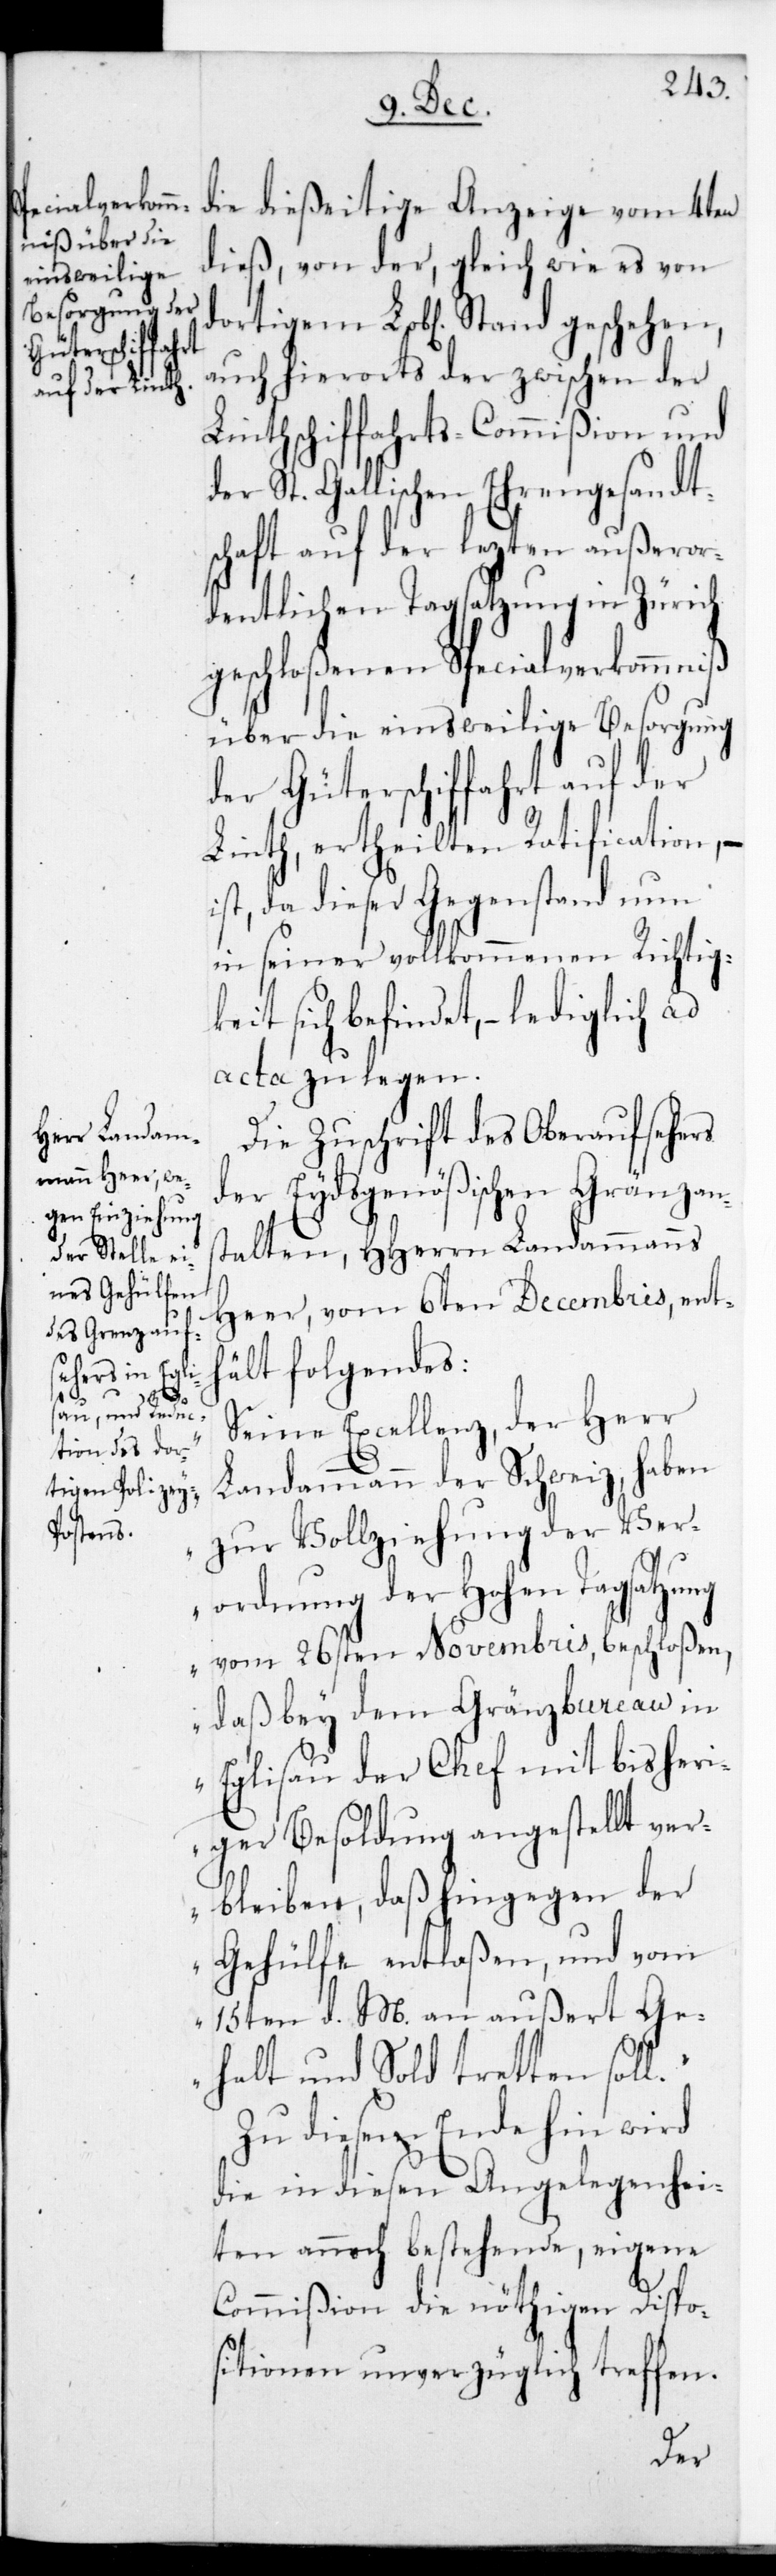
die dießeitige Anzeige vom 4ten
dieß, von der, gleich wie es von
dortigem L. Stand geschehen,
hierorts der
Linthschifffahrts-Commißion und
der St. Gallischen Ehrengesandts¬
chaft auf der lezten außeror¬
dentlichen Tagsatzung in Zürich
geschloßenen Specialverkommniß
über die einstweilige Besorgung
der Güterschiffahrt auf der
Linth, ertheilten Ratification,
st, da dieser Gegenstand nun
in seiner vollkommenen Richtig¬
keit sich befindet, – lediglich ad
acta zu legen.
Die Zuschrift des Oberaufsehers
der Eydsgenößischen Gränzans¬
talten, HHerrn Landammanns
Heer, vom 6ten Decembris, enth¬
ält folgendes:
l“.
„Seine Excellenz, der Herr
Landammann der Schweiz, haben
zur Vollziehung der Ver¬
ordnung der Hohen Tagsatzung
vom 26sten Novembris beschloßen,
daß bey dem Gränzbureau in
Eglisau der Chef mit bisher¬
iger Besoldung angestellt ver¬
bleiben, daß hingegen der
Gehülfe entlaßen, und vom
15ten d. M. an außert Ge¬
halt und Sold tretten sol¬
Zu diesem Ende hin wird
die in diesen Angelegenhei¬
ten annoch bestehende, eigene
Commißion die nöthigen Dispo¬
sitionen unverzüglich treffen.
der